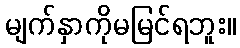
မျက်နှာကိုမမြင်ရဘူး။